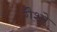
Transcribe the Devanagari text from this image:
गैशो